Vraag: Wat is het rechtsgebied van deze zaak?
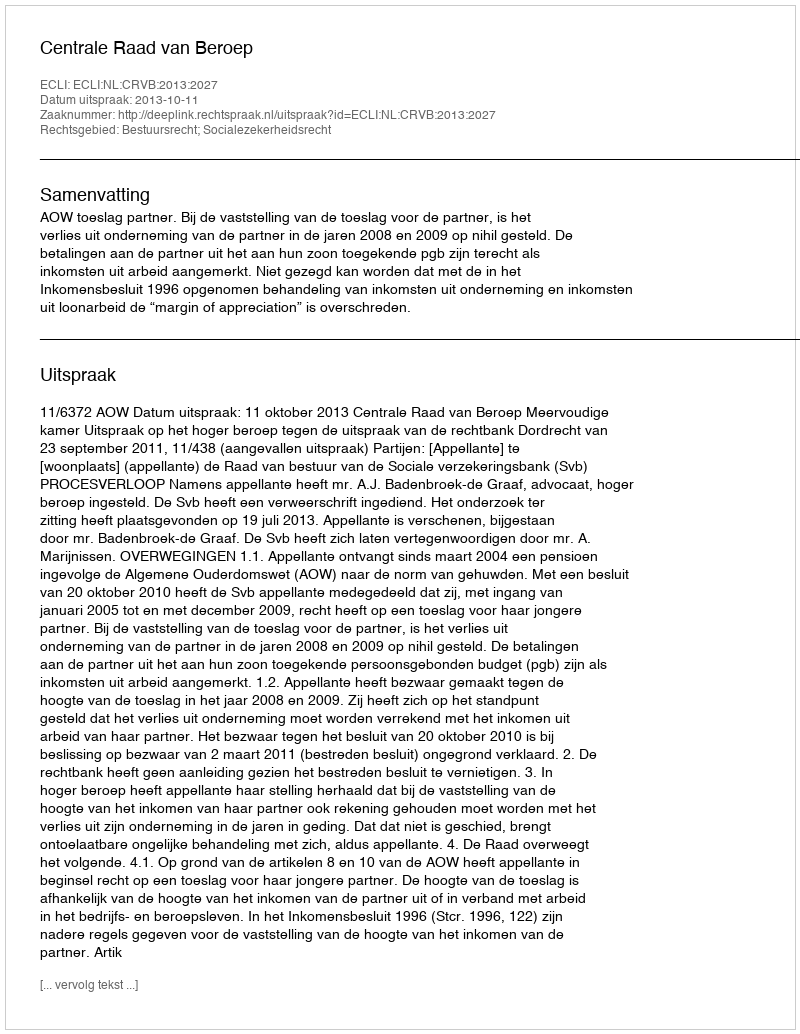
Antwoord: Bestuursrecht; Socialezekerheidsrecht